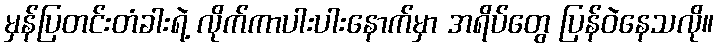
မှန်ပြတင်းတံခါးရဲ့ လိုက်ကာပါးပါးနောက်မှာ အရိပ်တွေ ပြန်ဝဲနေသလို။